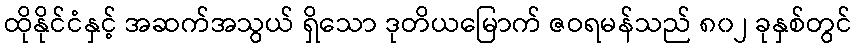
ထိုနိုင်ငံနှင့် အဆက်အသွယ် ရှိသော ဒုတိယမြောက် ဇဝရမန်သည် ၈၀၂ ခုနှစ်တွင်